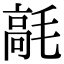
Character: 𩫁